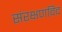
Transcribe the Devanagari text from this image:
संरक्षणविद